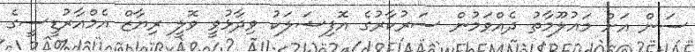
ސަން އަށް މައުލޫމާތު ދެއްވަމުން ސަރުކާރުގެ އޮފިޝަލަކު ވިދާޅުވީ ވޮލީ ރިޔާޒް އެމްއާރުޑީސީގެ